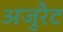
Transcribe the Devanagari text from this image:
अजुरैट